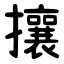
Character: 攘